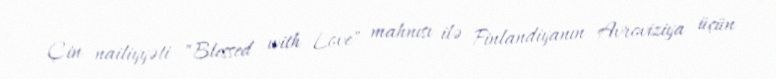
Çin nailiyyəti "Blessed with Love" mahnısı ilə Finlandiyanın Avroviziya üçün